Annual report on the lock hospitals of the Madras Presidency
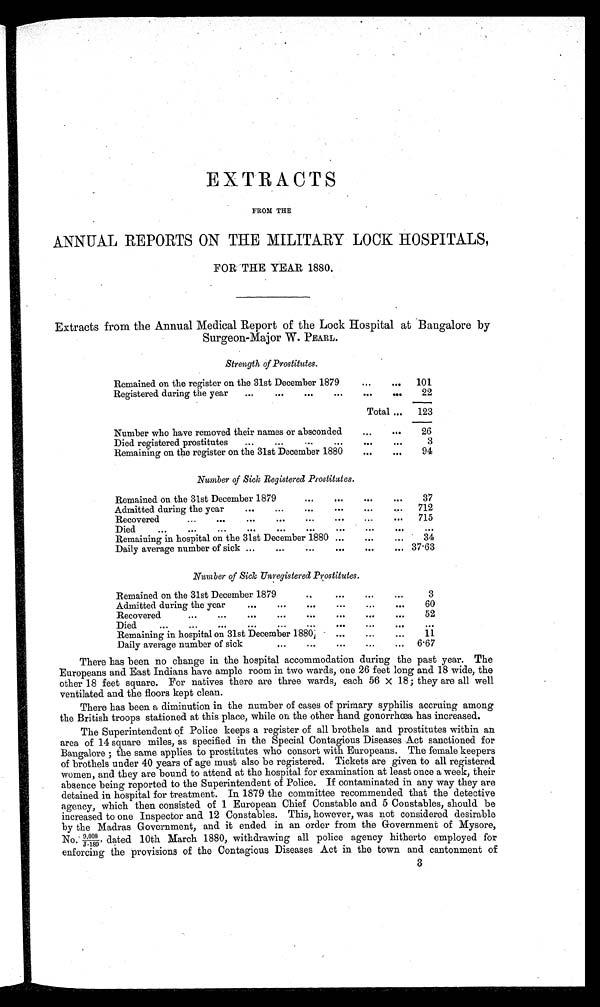
EXTRACTS
FROM THE
ANNUAL REPORTS ON THE MILITARY LOCK HOSPITALS,
FOR THE YEAR 1880.
Extracts from the Annual Medical Report of the Lock Hospital at Bangalore by
Surgeon-Major W. PEARL.
Strength of Prostitutes.
Remained on the register on the 31st December 1879
•..
...
101
Registered during the year
...
.••
•••
I••
•••
22
Total...
123
Number who have removed their names or absconded
...
•••
26
Died registered prostitutes
...
.••
•••
•••
•••
•••
3
Remaining on the register on the 31st December 1880
.•.
..•
94
Number of Sick Registered Prostitutes.
Remained on the 31st December 1879
•••
.••
37
A d m i t t e d d u r i n g t h e y e a r
Admitted during the year
......
•••
...
...
712
Recovered
...
•••
...
...
•••
...
...
715
Died
...
•••
...
•••
...
•••
...
•••
•••
•••
Remaining in hospital on the 31st December 1880 ...
•••
...
34
•
Daily average number of sick ...
•••
•••
•••
... 37.63
Number of Sick, Unregistered Prostitutes.
Remained on the 31st December 1879
..
•••
.•.
•••
3
Admitted during the year
•••
.•.
•••
• • •
•••
60
Recovered
•••
•• •
•••
.••
•••
...
•••
52
D
Died
•••
...
•••...
••...• . . . . . .
• • •
...
Remaining in hospital on 31st December 1880
...
•••
11
......
Daily average number of sick
...
...
6 . 67
There has been no change in the hospital accommodation during the past year. The
Europeans and East Indians have ample room in two wards, one 26 feet long and 18 wide, the
other 18 feet square. For natives there are three wards, each 56 x 18; they are all well
ventilated and the floors kept clean.
There has been a diminution in the number of cases of primary syphilis accruing among
the British troops stationed at this place, while on the other hand gonorrhœa has increased.
The Superintendent of Police keeps a register of all brothels and prostitutes within an
area of 14 square miles, as specified in the Special Contagious Diseases Act sanctioned for
Bangalore ; the same applies to prostitutes who consort with Europeans. The female keepers
of brothels under 40 years of age must also be registered. Tickets are given to all registered
women, and they are bound to attend at the hospital for examination at least once a week, their
absence being reported to the Superintendent of Police. If contaminated in any way they are
detained in hospital for treatment. In 1879 the committee recommended that the detective
agency, which then consisted of 1 European Chief Constable and 5 Constables, should be
increased to one Inspector and 12 Constables. This, however, was not considered desirable
by the Madras Government, and it ended in an order from the Government of Mysore,
No. 9, 008/ J - 189 ,dated 10th March 1880, withdrawing all police agency hitherto employed for
enforcing the provisions of the Contagious Diseases Act in the town and cantonment of
3